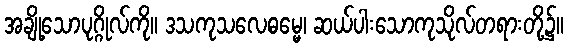
အချို့သောပုဂ္ဂိုလ်ကို။ ဒသကုသလေဓမ္မေ၊ ဆယ်ပါးသောကုသိုလ်တရားတို့၌။